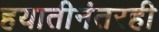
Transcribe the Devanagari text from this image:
हयातीनंतरही